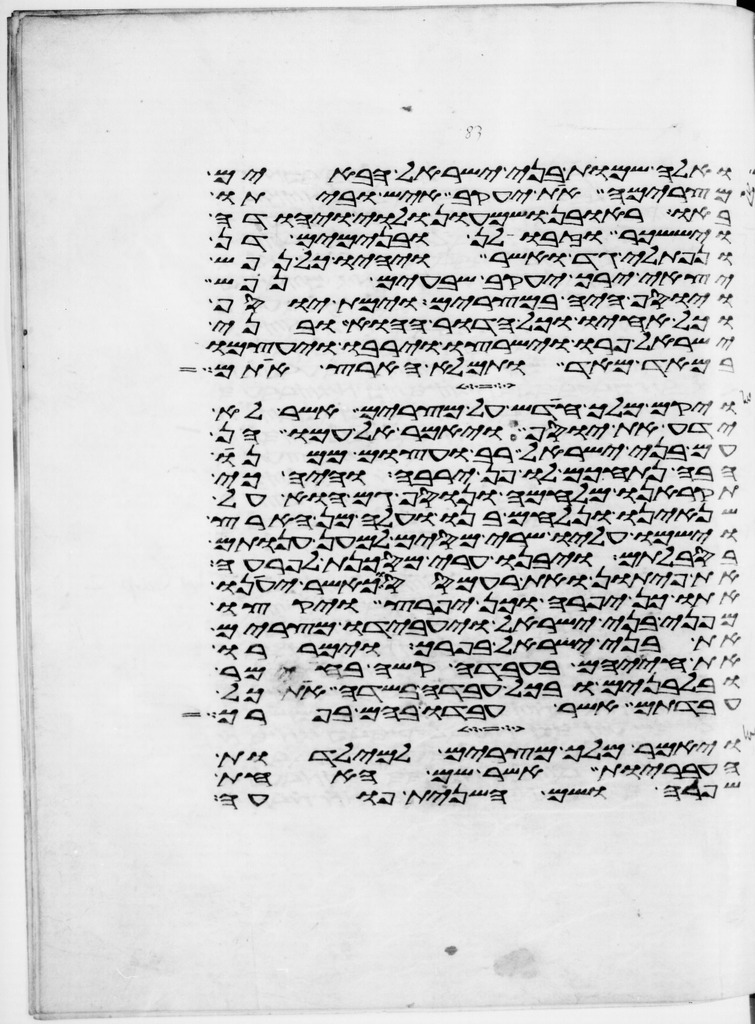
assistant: ואלה שמות בני ישראל הבאים
מצרימה את יעקב איש וביתו
באו ראובן ושמעון ולוי ויהודה
ויששכר וזבולן ובנימים דן
ונפתלי גד ואשר ויהיו כל נפש
יצאי ירך יעקב שבעים נפש
ויוסף היה במצרים וימת יוסף
וכל אחיו וכל הדור ההוא ובני
ישראל פרו וישרצו וירבו ויעצמו
במאד מאד ותמלא הארץ אתם
ויקם מלך חדש על מצרים אשר לא
ידע את יוסף ויאמר אל עמו הן
עם בני ישראל רב ועצום ממנו
הבה נתחכם לו פן ירבה והיה כי
תקראנו מלחמה ונוסף גם הוא על
שנאינו ונלחם בנו ועלה מן הארץ
וישמו עליו שרי מסים למען ענותם
בסבלותם ויבנו ערי מסכנת לפרעה
את פיתון ואת רעמסס וכאשר יענו
אתו כן יפרה וכן יפרץ ויקצו
מפני בני ישראל ויעבדו מצרים
את בני ישראל בפרך וימררו
את חייהם בעבדה קשה בחימר
ובלבנים ובכל עבדה בשדה את כל
עבדתם אשר עבדו בהם בפרך
ויאמר מלך מצרים למילדות
העבריות אשר שם האחת
שפרה ושם השנית פועה